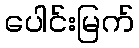
ပေါင်းမြက်